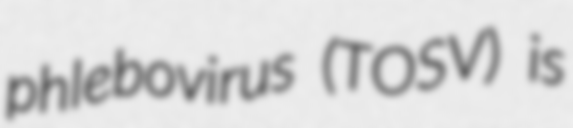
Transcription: phlebovirus (TOSV) is